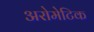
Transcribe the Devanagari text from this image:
अरोमेटिक